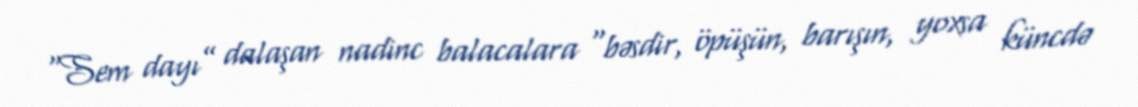
“Sem dayı” dalaşan nadinc balacalara “bəsdir, öpüşün, barışın, yoxsa küncdə